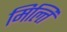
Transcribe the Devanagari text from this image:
मिल्ति